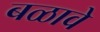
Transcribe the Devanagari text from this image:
बळावे